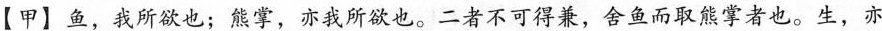
【甲】鱼，我所欲也；熊掌，亦我所欲也。二者不可得\underset{·}{兼}，舍鱼而取熊掌者也。生，亦